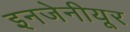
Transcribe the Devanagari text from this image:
इनजेनीयूर